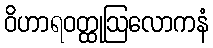
ဝိဟာရဝတ္ထုဩလောကနံ